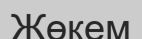
Жөкем